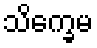
သိက္ခေမ